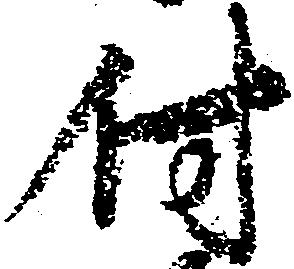
付